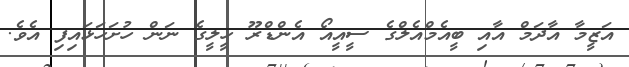
އަޒީމާ އާދަމް އާއި ބީއެމްއެލްގެ ސީއީއޯ އެންޑްރޫ ހީލީގެ ނަން ހުށަހަޅައިފި އެވެ.